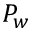
P _ { w }